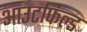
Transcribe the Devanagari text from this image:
आउटफिल्ड